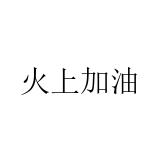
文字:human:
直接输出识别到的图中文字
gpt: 火上加油